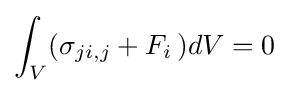
\int _{V}(\sigma _{ji,j}+F_{i}\,)dV=0